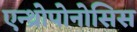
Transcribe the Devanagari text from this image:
एन्थ्रोपोनोसिस